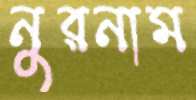
নুরনাম